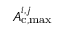
A _ { \mathrm { c , m a x } } ^ { i , j }